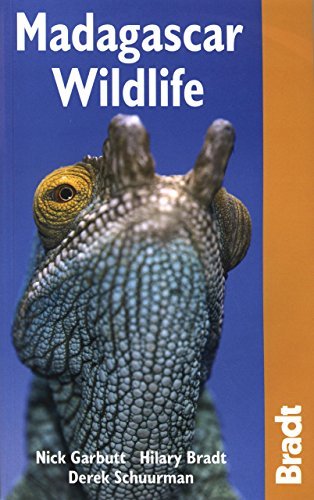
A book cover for By Nick Garbutt Madagascar Wildlife (Bradt Travel Guide. Madagascar Wildlife) (3e); Travel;